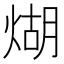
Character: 煳